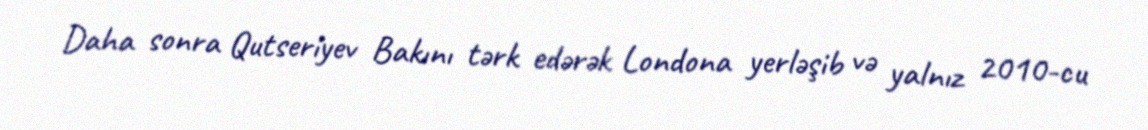
Daha sonra Qutseriyev Bakını tərk edərək Londona yerləşib və yalnız 2010-cu